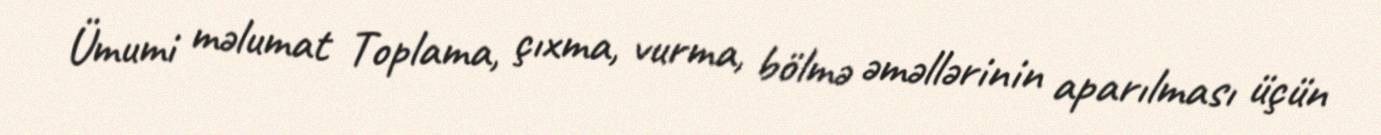
Ümumi məlumat Toplama, çıxma, vurma, bölmə əməllərinin aparılması üçün